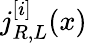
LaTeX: j_{R,L}^{[i]}(x)